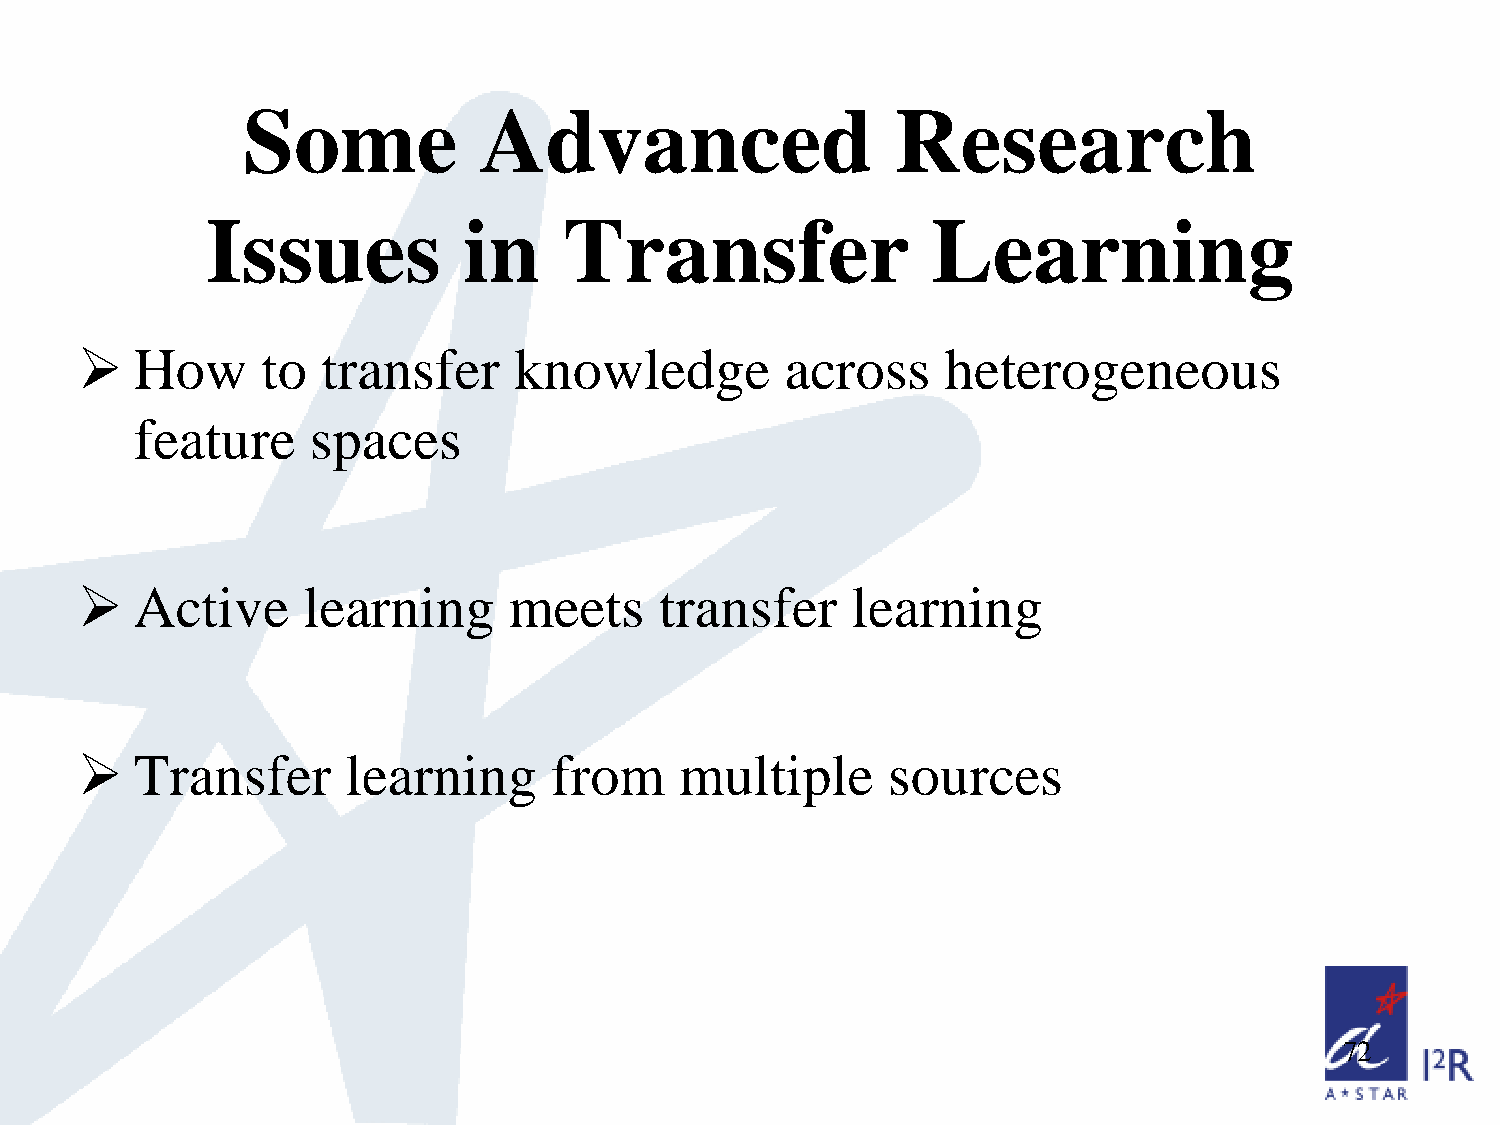
Some            Advanced                   Research
 Issues           in    Transfer                 Learning
    How     to  transfer     knowledge         across     heterogeneous
 feature     spaces
    Active     learning      meets     transfer    learning
    Transfer      learning      from    multiple      sources
 72